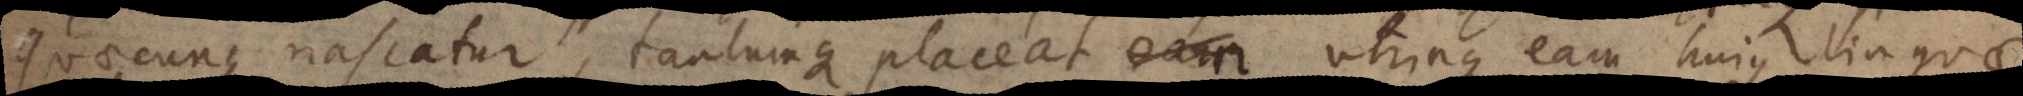
quaecunque nascatur, tantumque placeat utrinque eam hujus linguae